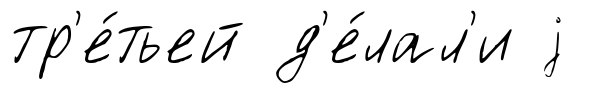
тр'е́тьей д'е́лал'и j